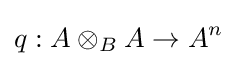
q:A\otimes _{B}A\rightarrow A^{n}